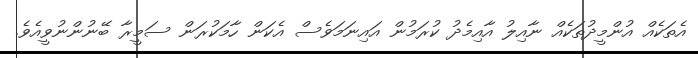
އެތަކެއް އުންމީދުތަކެއް ނާއިލު އާއިމެދު ކުރަމުން އައިނަމަވެސް އެކަން ހާމަކުރަން ސަމީރާ ބޭނުންނުވީއެވެ.